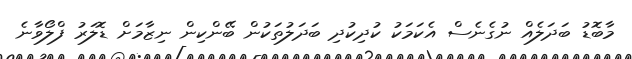
މާބޮޑު ބަދަލެއް ނުގެނެސް އެކަމަކު ކުދިކުދި ބަދަލުތަކުން ބޭންކިން ނިޒާމަށް ޑޮލަރު ފްލޯވާނެ